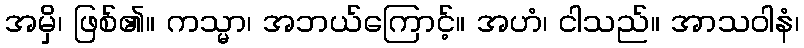
အမှိ၊ ဖြစ်၏။ ကသ္မာ၊ အဘယ်ကြောင့်။ အဟံ၊ ငါသည်။ အာသဝါနံ၊